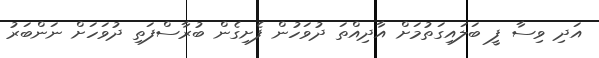
އަދި ވިސާ ފީ ބަލައިގަތުމަށް އާދިއްތަ ދުވަހުން ފެށިގެން ބުރާސްފަތި ދުވަހަށް ނަންބަރު